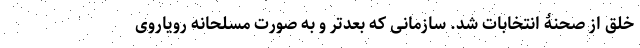
خلق از صحنۀ انتخابات شد. سازمانی که بعدتر و به صورت مسلحانه رویاروی